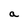
Character: a